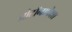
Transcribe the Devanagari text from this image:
प्रोटॉनापेक्षा